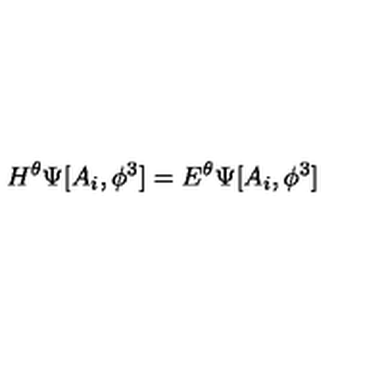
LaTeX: H ^ { \theta } \Psi [ A _ { i } , \phi ^ { 3 } ] = E ^ { \theta } \Psi [ A _ { i } , \phi ^ { 3 } ]